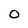
Character: 0